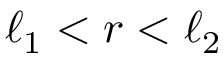
\ell _ { 1 } < r < \ell _ { 2 }